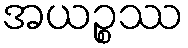
အယဉ္စဿ